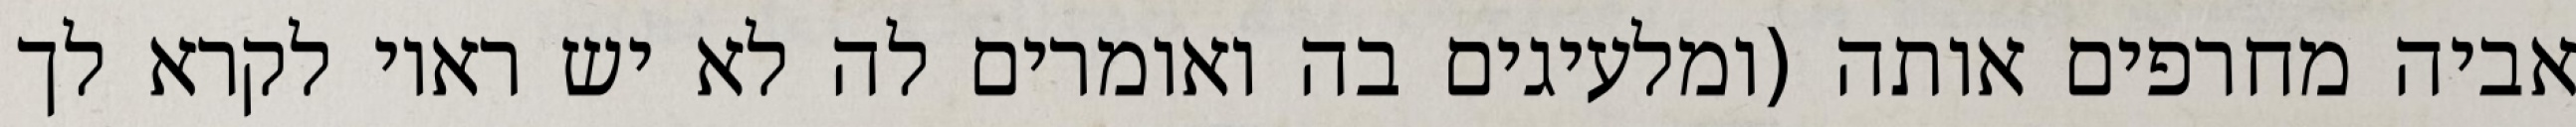
אביה מחרפים אותה (ומלעיגים בה ואומרים לה לא יש ראוי לקרא לך